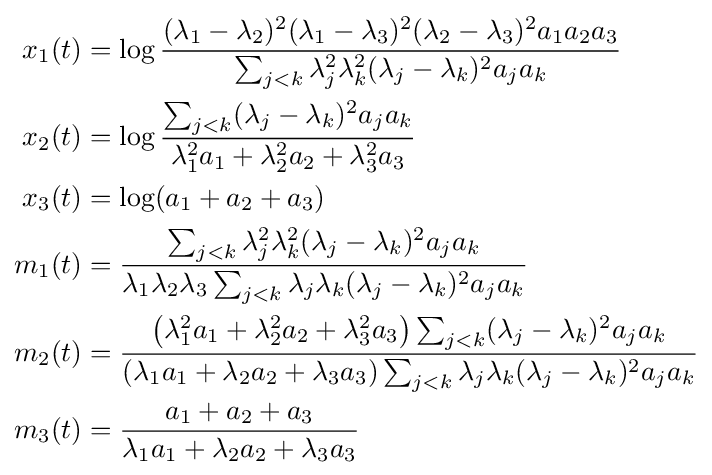
{\begin{aligned}x_{1}(t)&=\log {\frac {(\lambda _{1}-\lambda _{2})^{2}(\lambda _{1}-\lambda _{3})^{2}(\lambda _{2}-\lambda _{3})^{2}a_{1}a_{2}a_{3}}{\sum _{j<k}\lambda _{j}^{2}\lambda _{k}^{2}(\lambda _{j}-\lambda _{k})^{2}a_{j}a_{k}}}\\x_{2}(t)&=\log {\frac {\sum _{j<k}(\lambda _{j}-\lambda _{k})^{2}a_{j}a_{k}}{\lambda _{1}^{2}a_{1}+\lambda _{2}^{2}a_{2}+\lambda _{3}^{2}a_{3}}}\\x_{3}(t)&=\log(a_{1}+a_{2}+a_{3})\\m_{1}(t)&={\frac {\sum _{j<k}\lambda _{j}^{2}\lambda _{k}^{2}(\lambda _{j}-\lambda _{k})^{2}a_{j}a_{k}}{\lambda _{1}\lambda _{2}\lambda _{3}\sum _{j<k}\lambda _{j}\lambda _{k}(\lambda _{j}-\lambda _{k})^{2}a_{j}a_{k}}}\\m_{2}(t)&={\frac {\left(\lambda _{1}^{2}a_{1}+\lambda _{2}^{2}a_{2}+\lambda _{3}^{2}a_{3}\right)\sum _{j<k}(\lambda _{j}-\lambda _{k})^{2}a_{j}a_{k}}{\left(\lambda _{1}a_{1}+\lambda _{2}a_{2}+\lambda _{3}a_{3}\right)\sum _{j<k}\lambda _{j}\lambda _{k}(\lambda _{j}-\lambda _{k})^{2}a_{j}a_{k}}}\\m_{3}(t)&={\frac {a_{1}+a_{2}+a_{3}}{\lambda _{1}a_{1}+\lambda _{2}a_{2}+\lambda _{3}a_{3}}}\end{aligned}}